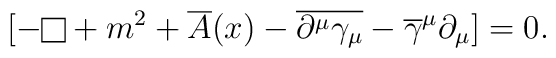
\lbrack-{\vcenter{\vbox{\hrule height.4pt\hbox{\vrule width.4ptheight8pt\kern8pt\vrule width.4pt}\hrule height.4pt}}}+m^2+\overline A( x)-\overline{\partial^\mu\gamma_\mu}-\overline\gamma^\mu\partial_\mu \rbrack=0.